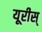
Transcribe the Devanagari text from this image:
यूरीस्